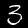
Digit: 3